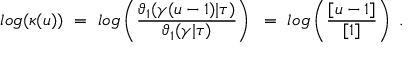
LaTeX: l o g ( \kappa ( u ) ) ~ = ~ l o g \left( { \frac { \vartheta _ { 1 } ( \gamma ( u - 1 ) | \tau ) } { \vartheta _ { 1 } ( \gamma | \tau ) } } \right) ~ = ~ l o g \left( { \frac { [ u - 1 ] } { [ 1 ] } } \right) \ .